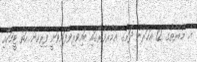
އެ މުބާރާތުގެ 12 އަހަރުން ދަށުގެ އުމުރުފުރާގައި ބައިވެރިވެފައިވަނީ ފިރިހެން ހަތް ޓީމަކާއި